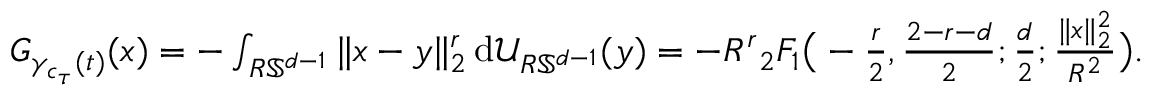
\begin{array} { r } { G _ { \gamma _ { c _ { \tau } } ( t ) } ( x ) = - \int _ { R \mathbb { S } ^ { d - 1 } } \| x - y \| _ { 2 } ^ { r } \, \mathrm { d } \mathcal U _ { R \mathbb { S } ^ { d - 1 } } ( y ) = - R ^ { r } { _ 2 F _ { 1 } } \big ( - \frac { r } { 2 } , \frac { 2 - r - d } { 2 } ; \frac { d } { 2 } ; \frac { \| x \| _ { 2 } ^ { 2 } } { R ^ { 2 } } \big ) . } \end{array}